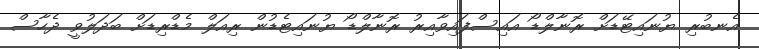
އެނބުރި ޔުނައިޓޭޑަށް ރޮނާލްޑޯ އައިސްފައިވާއިރު ރޮނާލްޑޯ ޔުނައިޓެޑުން ރިއަލް މެޑްރިޑަށް ބަދަލުވީ ދެހާސް